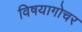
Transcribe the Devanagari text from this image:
विषयागोचर